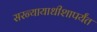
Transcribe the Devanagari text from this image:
सरन्यायाधीशापर्यंत